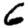
Digit: 6